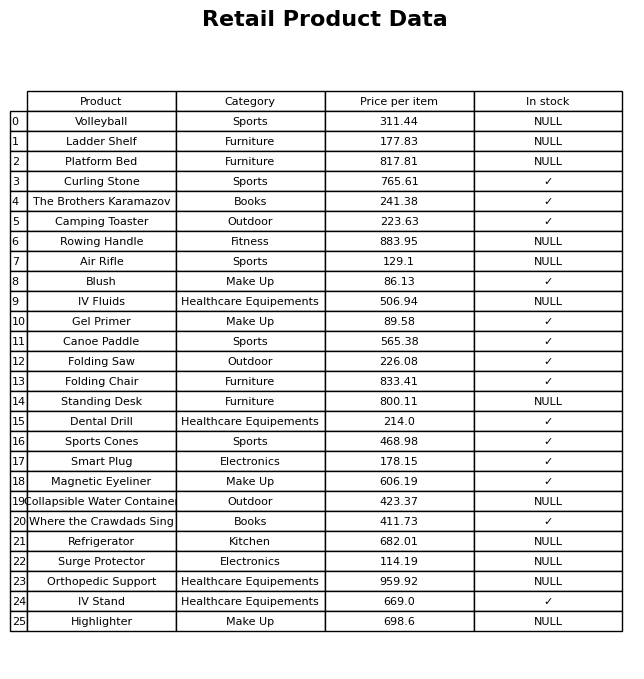
question: What is the price for Volleyball?
answer: The price of Volleyball is 311.44.